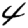
Digit: 4